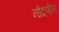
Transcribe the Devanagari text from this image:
नोंदणीत